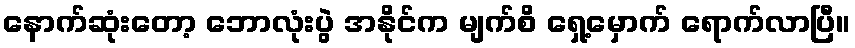
နောက်ဆုံးတော့ ဘောလုံးပွဲ အနိုင်က မျက်စိ ရှေ့မှောက် ရောက်လာပြီ။